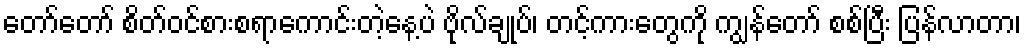
တော်တော် စိတ်ဝင်စားစရာကောင်းတဲ့နေ့ပဲ ဗိုလ်ချုပ်၊ တင့်ကားတွေကို ကျွန်တော် စစ်ပြီး ပြန်လာတာ၊